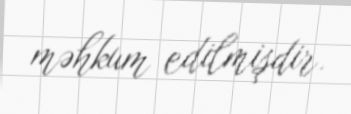
məhkum edilmişdir.